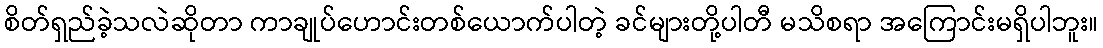
စိတ်ရှည်ခဲ့သလဲဆိုတာ ကာချုပ်ဟောင်းတစ်ယောက်ပါတဲ့ ခင်များတို့ပါတီ မသိစရာ အကြောင်းမရှိပါဘူး။